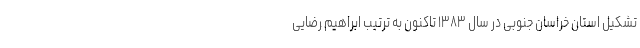
تشکیل استان خراسان جنوبی در سال ۱۳۸۳ تاکنون به ترتیب ابراهیم رضایی